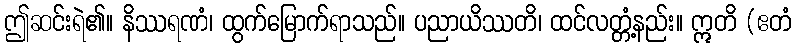
ဤဆင်းရဲ၏။ နိဿရဏံ၊ ထွက်မြောက်ရာသည်။ ပညာယိဿတိ၊ ထင်လတ္တံ့နည်း။ ဣတိ (ဧတံ